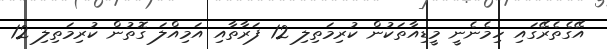
އޭގެތެރޭގައި ހިމެނެނީ މީޑިއާތަކުން ކުރިމަތިލި 12 ފަރާތާއި އަމިއްލަ ގޮތުން ކުރިމަތިލި 12